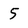
Character: 5